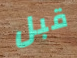
قبل